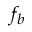
f _ { b }